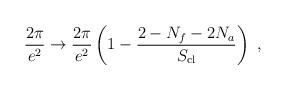
LaTeX: \begin{align*}\frac{2\pi}{e^2}\rightarrow \frac{2\pi}{e^2}\left(1-\frac{2-N_f-2N_a}{S_{\rm cl}}\right)\ ,\end{align*}